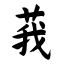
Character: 莪